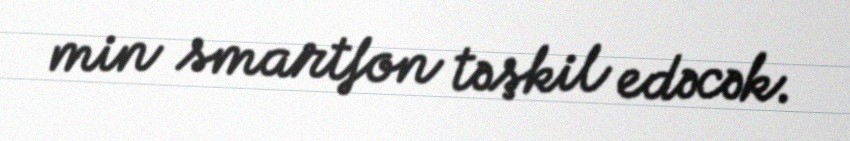
min smartfon təşkil edəcək.